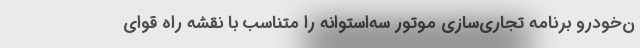
ن‌خودرو برنامه تجاری‌سازی موتور سه‌استوانه را متناسب با نقشه راه قوای